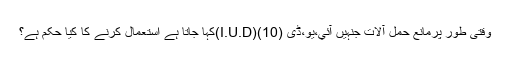
وقتى طور پرمانع حمل آلات جنہيں آئي،يو،ڈى (I.U.D)(10)کہا جاتا ہے استعمال کرنے کا کيا حکم ہے؟